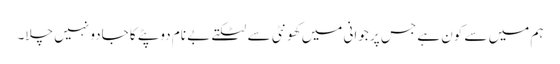
ہم میں سے کون ہے جس پر جوانی میں کھونٹی سے لٹکتے بے نام دوپٹے کا جادو نہیں چلا۔